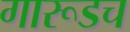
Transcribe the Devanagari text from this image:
गारूडच